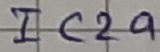
Text: IC2a